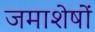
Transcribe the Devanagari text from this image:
जमाशेषों